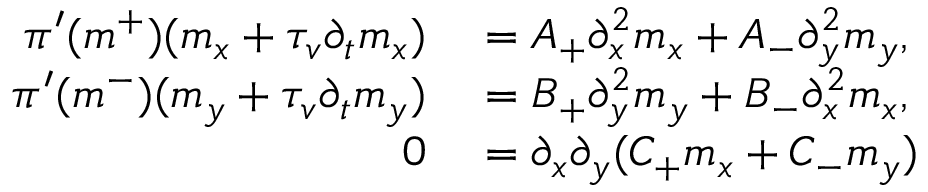
\begin{array} { r l } { \pi ^ { \prime } ( m ^ { + } ) ( m _ { x } + \tau _ { v } \partial _ { t } m _ { x } ) } & { { } = A _ { + } \partial _ { x } ^ { 2 } m _ { x } + A _ { - } \partial _ { y } ^ { 2 } m _ { y } , } \\ { \pi ^ { \prime } ( m ^ { - } ) ( m _ { y } + \tau _ { v } \partial _ { t } m _ { y } ) } & { { } = B _ { + } \partial _ { y } ^ { 2 } m _ { y } + B _ { - } \partial _ { x } ^ { 2 } m _ { x } , } \\ { 0 } & { { } = \partial _ { x } \partial _ { y } ( C _ { + } m _ { x } + C _ { - } m _ { y } ) } \end{array}